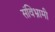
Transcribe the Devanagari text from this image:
संविभ्रामी